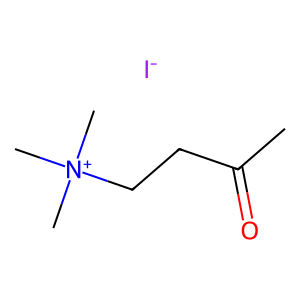
SMILES: CC(=O)CC[N+](C)(C)C.[I-]
Inhibits HIV replication: No